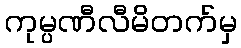
ကုမ္ပဏီလီမိတက်မှ